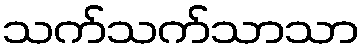
သက်သက်သာသာ